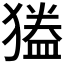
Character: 𭸦